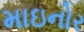
માઇનોર